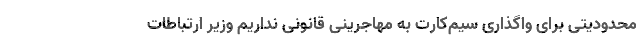
محدودیتی برای واگذاری سیم‌کارت به مهاجرینی قانونی نداریم وزیر ارتباطات